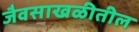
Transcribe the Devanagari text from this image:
जैवसाखळीतील